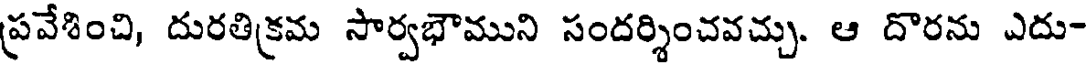
ప్రవేశించి, దురతిక్రమ సార్వభౌముని సందర్శించవచ్చు. ఆ దొరను ఎదు-